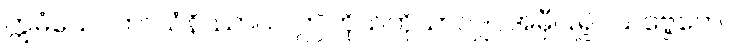
ဣမံယေဝကာယံနိဿာယ၊ ဤကိုယ်ကိုသာလျှင်အမှီပြု၍။ သဗ္ဗေတေ၊